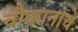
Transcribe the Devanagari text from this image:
चौकानाचे